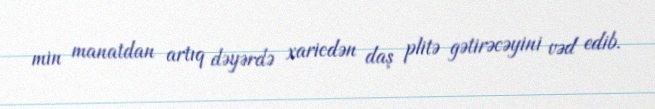
min manatdan artıq dəyərdə xaricdən daş plitə gətirəcəyini vəd edib.